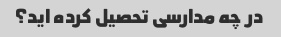
در چه مدارسی تحصیل کرده اید؟